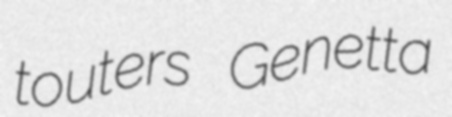
touters Genetta